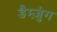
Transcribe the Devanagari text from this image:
डैम्ज़ुंग